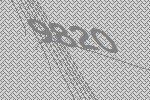
9820